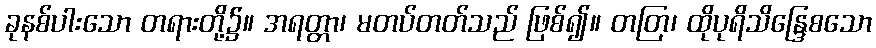
ခုနစ်ပါးသော တရားတို့၌။ အရတ္တာ၊ မတပ်တတ်သည် ဖြစ်၍။ တတြ၊ ထိုပုရိသိန္ဒြေစသော